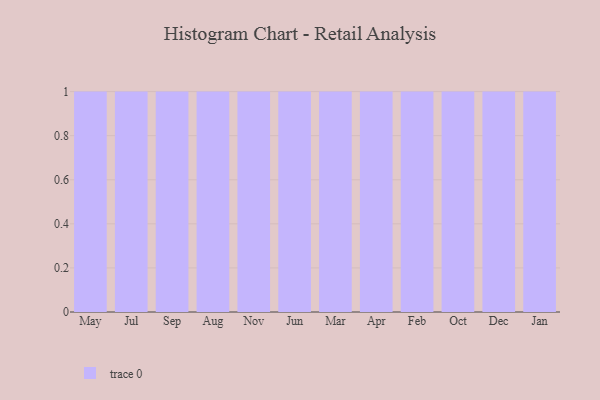
{"axis": {"x": "Month", "y": "Temperature (°C)"}, "legend": [""], "data": [{"x": "May", "y": 44, "type": ""}, {"x": "Jul", "y": 39, "type": ""}, {"x": "Sep", "y": 18, "type": ""}, {"x": "Aug", "y": 95, "type": ""}, {"x": "Nov", "y": 13, "type": ""}, {"x": "Jun", "y": 10, "type": ""}, {"x": "Mar", "y": 21, "type": ""}, {"x": "Apr", "y": 86, "type": ""}, {"x": "Feb", "y": 27, "type": ""}, {"x": "Oct", "y": 89, "type": ""}, {"x": "Dec", "y": 11, "type": ""}, {"x": "Jan", "y": 15, "type": ""}]}